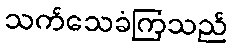
သက်သေခံကြသည်